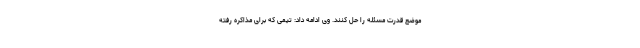
موضع قدرت مسئله را حل کنند. وی ادامه داد: تیمی که برای مذاکره رفته